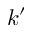
k ^ { \prime }